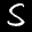
Label: 5